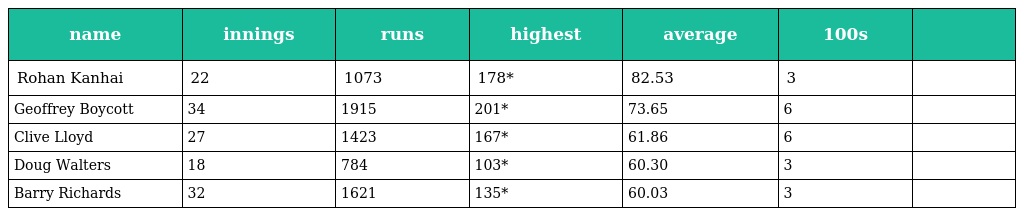
| name | innings | runs | highest | average | 100s |  |
 | --- | --- | --- | --- | --- | --- | --- |
 | Rohan Kanhai | 22 | 1073 | 178* | 82.53 | 3 |  |
 | Geoffrey Boycott | 34 | 1915 | 201* | 73.65 | 6 |  |
 | Clive Lloyd | 27 | 1423 | 167* | 61.86 | 6 |  |
 | Doug Walters | 18 | 784 | 103* | 60.30 | 3 |  |
 | Barry Richards | 32 | 1621 | 135* | 60.03 | 3 |  |